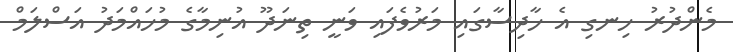
މެންދުރު ހިނގި އެ ހާދިސާގައި މަރުވެފައި ވަނީ ތިނަދޫ އުނިމާގެ މުހައްމަދު އަސްލަމް